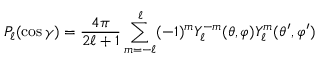
P _ { \ell } ( \cos \gamma ) = { \frac { 4 \pi } { 2 \ell + 1 } } \sum _ { m = - \ell } ^ { \ell } ( - 1 ) ^ { m } Y _ { \ell } ^ { - m } ( \theta , \varphi ) Y _ { \ell } ^ { m } ( \theta ^ { \prime } , \varphi ^ { \prime } )